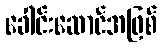
ခေါင်းဆောင်အဖြစ်